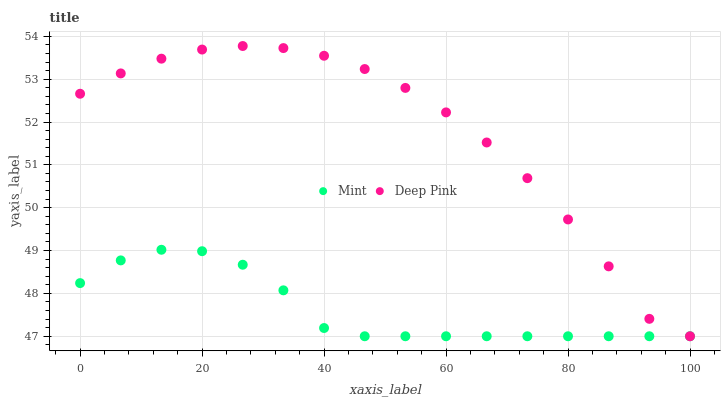
| xaxis_label | Mint | Deep Pink |
 | --- | --- | --- |
 | 0 | 48.2 | 52.7 |
 | 6.67 | 48.8 | 53.1 |
 | 13.3 | 49 | 53.5 |
 | 20 | 49 | 53.7 |
 | 26.7 | 48.7 | 53.8 |
 | 33.3 | 48.1 | 53.7 |
 | 40 | 47.2 | 53.5 |
 | 46.7 | 47 | 53.2 |
 | 53.3 | 47 | 52.8 |
 | 60 | 47 | 52.2 |
 | 66.7 | 47 | 51.5 |
 | 73.3 | 47 | 50.7 |
 | 80 | 47 | 49.7 |
 | 86.7 | 47 | 48.6 |
 | 93.3 | 47 | 47.4 |
 | 100 | 47 | 47 |